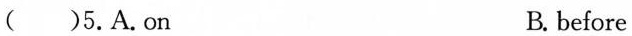
( )5.A.on B. before